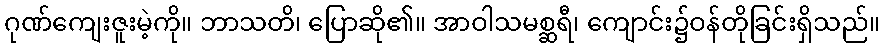
ဂုဏ်ကျေးဇူးမဲ့ကို။ ဘာသတိ၊ ပြောဆို၏။ အာဝါသမစ္ဆရီ၊ ကျောင်း၌ဝန်တိုခြင်းရှိသည်။